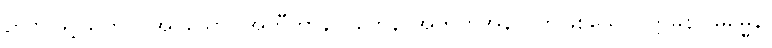
ဉာဏ်ဖြင့်သက်ဝင်အပ်သော။ အတီတာနာဂတေန၊ အတိတ်အနာဂတ်ဖြစ်သော။ ဣမိနာ ဓမ္မေန၊